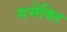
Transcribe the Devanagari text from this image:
समेक्ति